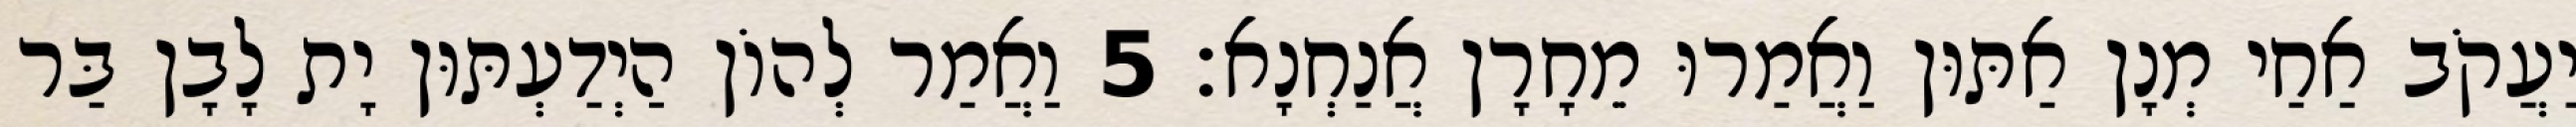
יַעֲקֹב אַחַי מְנָן אַתּוּן וַאֲמַרוּ מֵחָרָן אֲנַחְנָא׃ 5 וַאֲמַר לְהוֹן הַיְדַעְתּוּן יָת לָבָן בַּר